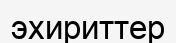
эхириттер